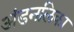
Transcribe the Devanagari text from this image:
अंडनलिका